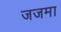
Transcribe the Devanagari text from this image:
जजमा